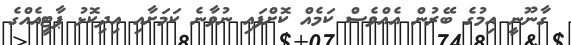
ގާނޫނީ އިމުގެ ބޭރުން އެއްވެސް ކަމެއް ކޮށްފައި ނުވާނެ ކަމަށާއި އިދިކޮޅު ޕާޓީއެއްގެ